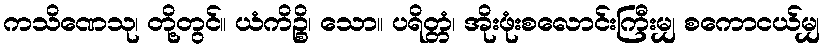
ကသိဏေသု၊ တို့တွင်။ ယံကိဉ္စိ၊ သော။ ပရိတ္တံ၊ အိုးဖုံးစလောင်းကြီးမျှ စကောငယ်မျှ